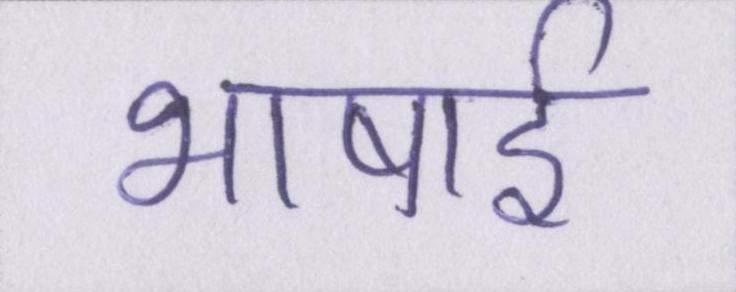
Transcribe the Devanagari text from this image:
भाषाई